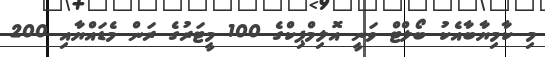
މި ކާމިޔާބާއެކު ބޯލްޓް ވަނީ އޮލިމްޕިކްގެ 100 މީޓަރުގެ ރަން މެޑައްޔާއި 200